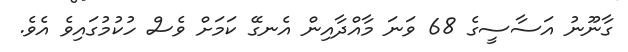
ގާނޫނު އަސާސީގެ 68 ވަނަ މާއްދާއިން އެނގޭ ކަމަށް ވެސް ހުކުމުގައިވެ އެވެ.